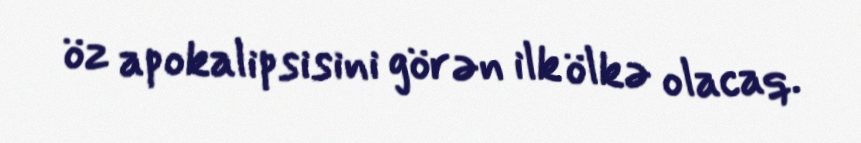
öz apokalipsisini görən ilk ölkə olacaq.